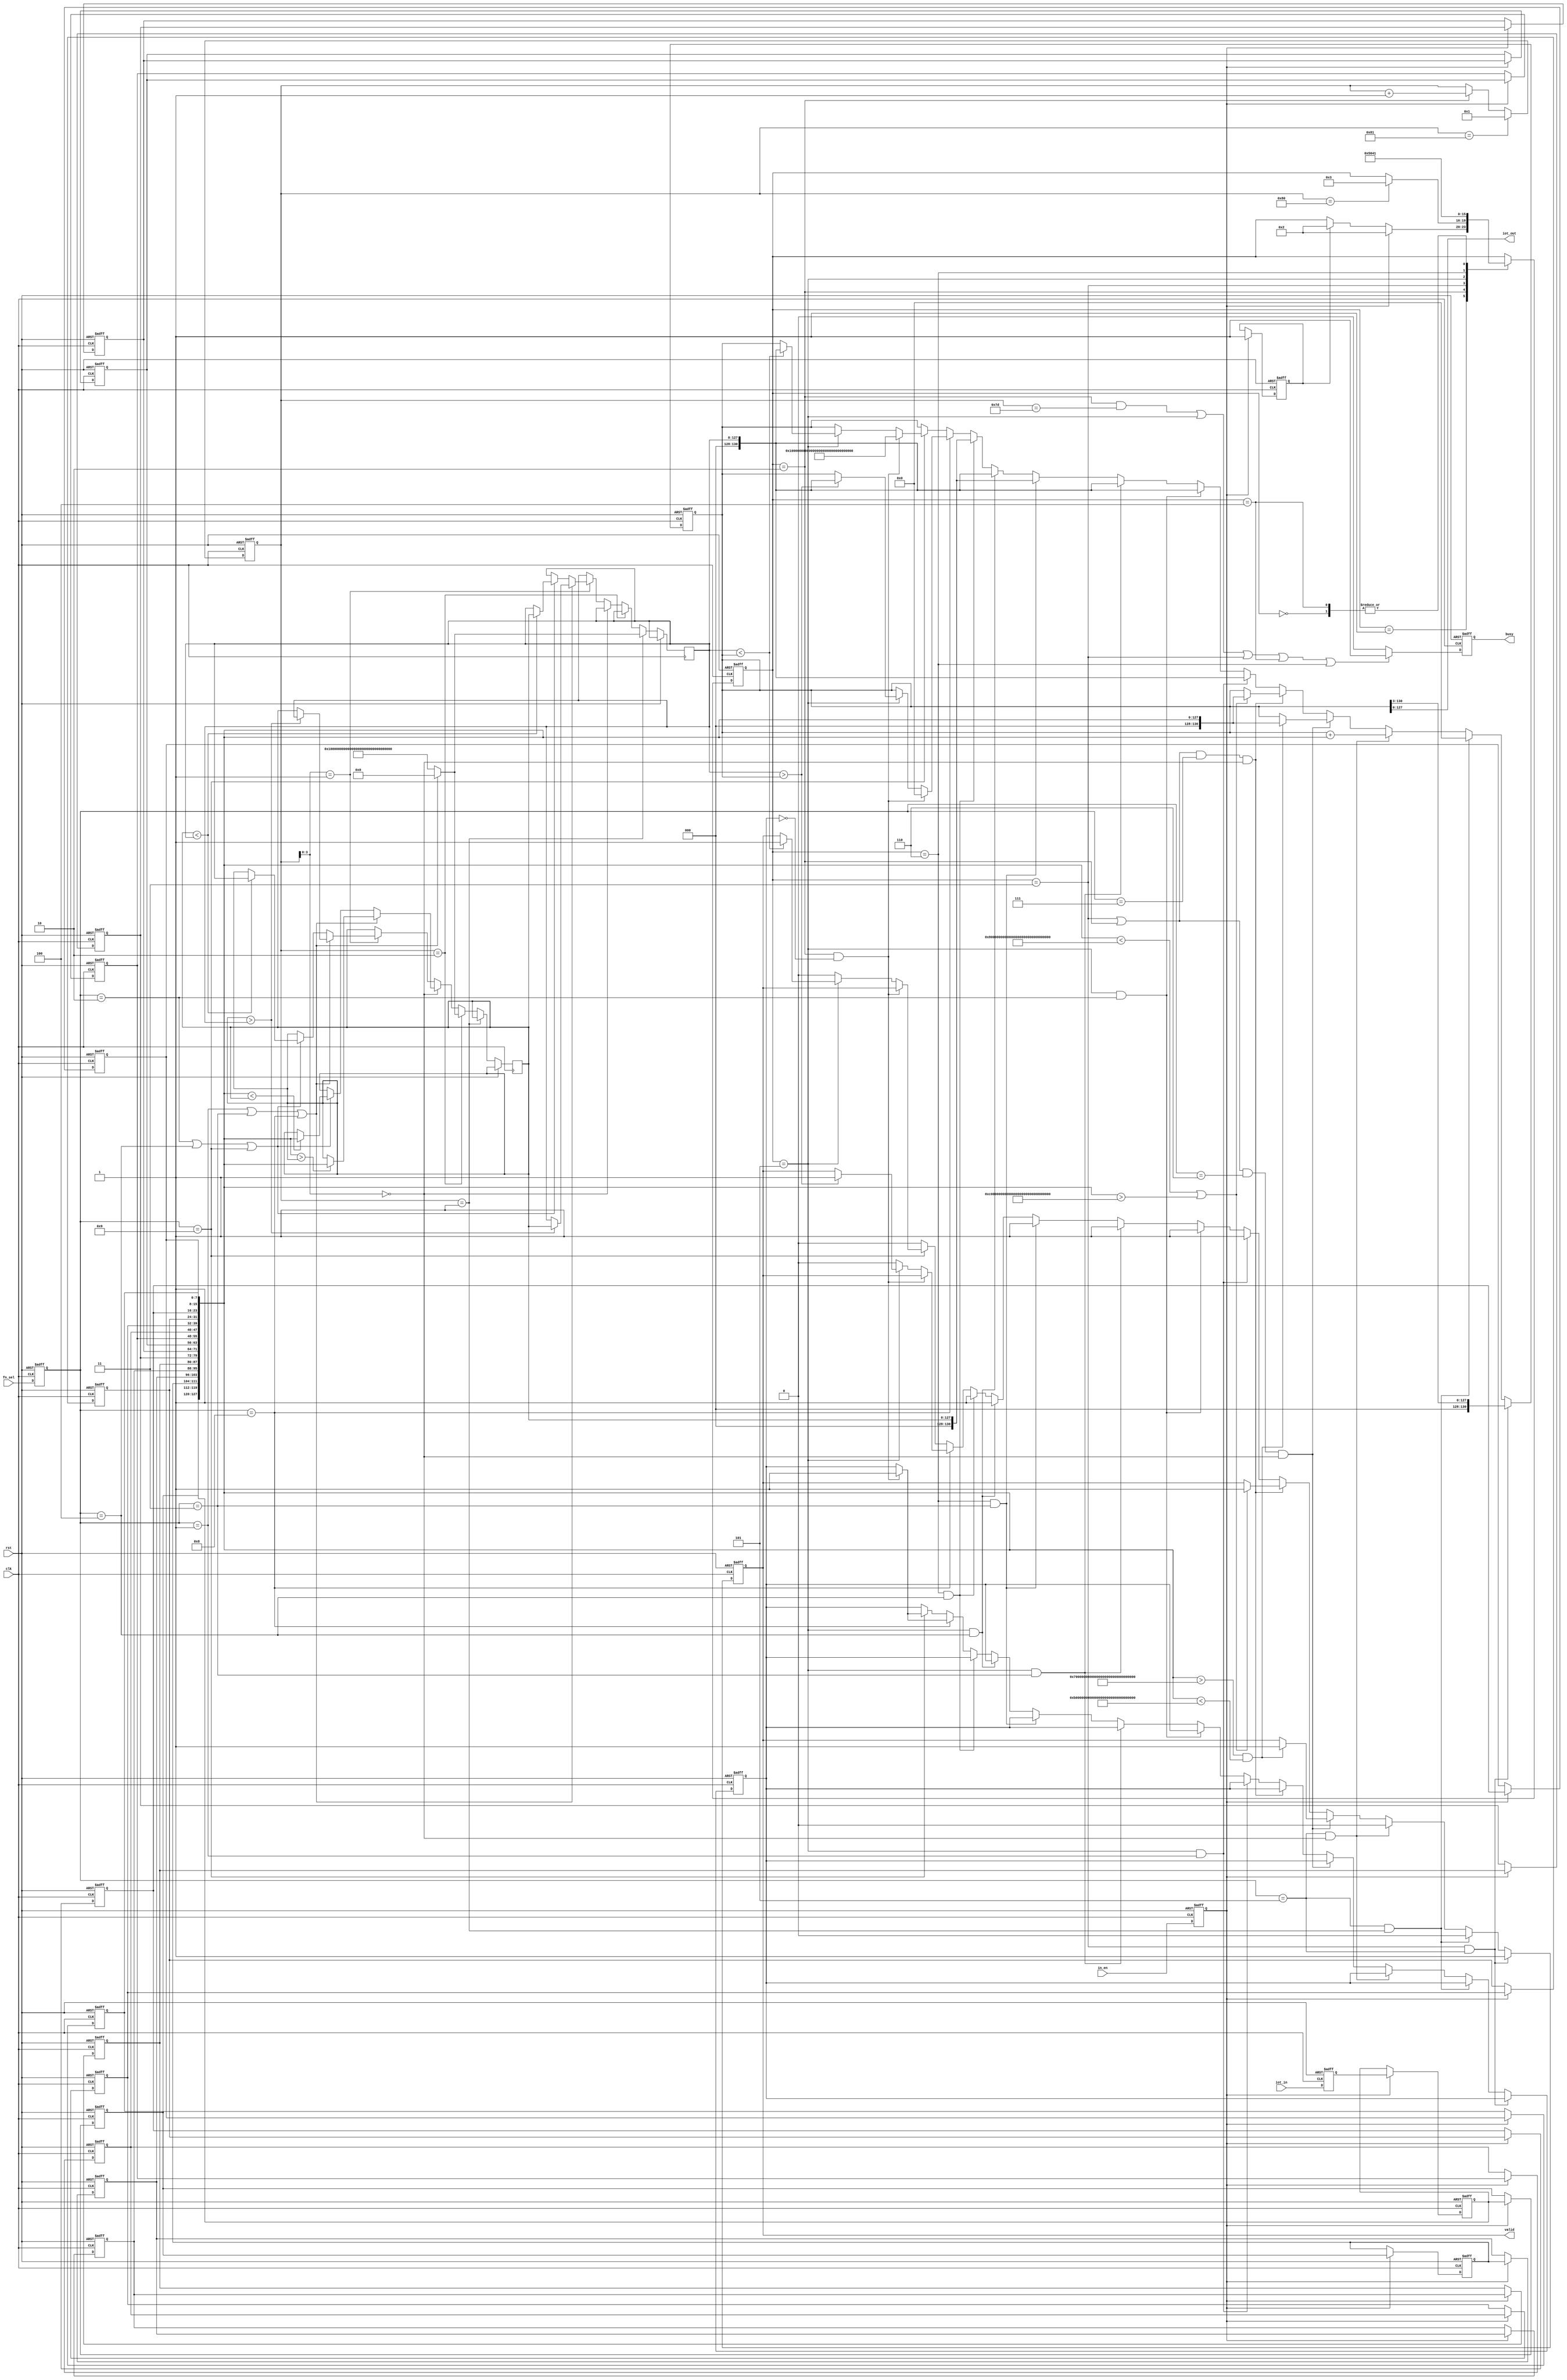
`timescale 1ns/10ps
module IOTDF( clk, rst, in_en, iot_in, fn_sel, busy, valid, iot_out);
input          clk;
input          rst;
input          in_en;
input  [7:0]   iot_in;
input  [3:0]   fn_sel;
output         busy;
output         valid;
output [127:0] iot_out;

//===================== read in =====================//
parameter FN_MAX = 1;
parameter FN_MIN = 2;
parameter FN_MAX_2 = 3;
parameter FN_MIN_2 = 4;
parameter FN_AVG = 5;
parameter FN_EXT = 6;
parameter FN_EXC = 7;
parameter FN_PMAX = 8;
parameter FN_PMIN = 9;

reg [3:0] fn;
reg [7:0] iot_data;
reg in_en_r;

reg [8:0] count;
reg [3:0] indx;
reg [7:0] cycle [15:0];
integer i;

always@(posedge clk or posedge rst) begin // asynchronous
	if(rst) begin
		fn <= 0;
		iot_data <= 0;
		in_en_r <= 0;
	end
	else begin
		fn <= fn_sel;
		iot_data <= iot_in;
		in_en_r	<= in_en;	
	end	
end

//===================== FSM =====================//
parameter S_IDLE = 0;
parameter S_BUF = 1;
parameter S_GET_DATA = 2;
parameter S_EXE = 3;
parameter S_OUT = 4;
parameter S_BUF2 = 5;
parameter S_BUF3 = 6;

reg [3:0] state, state_next;
reg flag1, flag2;
wire[127:0] data_cat = {cycle[00], cycle[01], cycle[02], cycle[03],
			cycle[04], cycle[05], cycle[06], cycle[07],
			cycle[08], cycle[09], cycle[10], cycle[11],
			cycle[12], cycle[13], cycle[14], cycle[15]};

always @(posedge clk or posedge rst) begin
	if (rst) flag2 <= 0;
	else if (in_en_r)
		flag2 <= 1;
end

always@(*) begin
	state_next = state;
	case(state)
		S_IDLE:	state_next = S_BUF;
		S_BUF:	begin
			if(in_en_r)	begin 
				state_next = S_GET_DATA;
			end
			else if(flag2) state_next = S_GET_DATA;
		end
		S_GET_DATA: begin 
			if(count == 128) begin
				state_next = S_EXE;
			end
		end
		S_EXE: state_next = S_BUF2;
		S_BUF2: state_next = S_BUF3;
		S_BUF3: state_next = S_OUT;
		S_OUT: state_next = S_BUF;
	endcase
end

always@(posedge clk or posedge rst) begin
	if(rst)	state <= S_IDLE;
	else	state <= state_next;	
end

always@(posedge clk or posedge rst) begin
	if(rst) begin
        count <= 1;
    end
	else if (count == 129) begin
		count <= 1;
	end
    else if(state==S_GET_DATA) begin
		count <= count+1;
    end
end

always@(posedge clk or posedge rst) begin
    if(rst)	begin		
	    for(i=0; i<16; i=i+1)	
			cycle[i] <= 0;
	end
	else if(in_en_r)	begin
		cycle[0] <= iot_data;	
		for(i=1; i<16; i=i+1)	
			cycle[i] <= cycle[i-1];
	end
end

reg [127:0] max1, max2;
always@(posedge clk or posedge rst) begin
 	if(rst)	begin		

	end
	else if(count == 1) begin
		max1 <= (fn == FN_MAX || fn == FN_MAX_2 || fn == FN_PMAX)? 0:128'hFFFFFFFFFFFFFFFFFFFFFFFFFFFFFFFF;
	end
	else if(count == 2) begin
		max2 <= (fn == FN_MAX || fn == FN_MAX_2 || fn == FN_PMAX)? 0:128'hFFFFFFFFFFFFFFFFFFFFFFFFFFFFFFFF;
	end
	else if(count[3:0] == 0) begin
		if (fn == FN_MAX || fn == FN_MAX_2 || fn == FN_PMAX) begin
			if (data_cat>max2) max2 <= data_cat;
		end
		else if (fn == FN_MIN || fn == FN_MIN_2 || fn == FN_PMIN) begin
			if (data_cat<max2) max2 <= data_cat;
		end
	end
	else if(count[3:0] == 1) begin
		if (fn == FN_MAX || fn == FN_MAX_2 || fn == FN_PMAX) begin
			if (max2>max1) begin
				max2 <= max1;
				max1 <= max2;
			end
		end
		else if (fn == FN_MIN || fn == FN_MIN_2 || fn == FN_PMIN) begin
			if (max2<max1) begin
				max2 <= max1;
				max1 <= max2;
			end
		end
	end
end

reg [130:0] iot_out_r;

parameter upper1 = 128'h AFFF_FFFF_FFFF_FFFF_FFFF_FFFF_FFFF_FFFF;
parameter lower1 = 128'h 6FFF_FFFF_FFFF_FFFF_FFFF_FFFF_FFFF_FFFF;
parameter upper2 = 128'h BFFF_FFFF_FFFF_FFFF_FFFF_FFFF_FFFF_FFFF;
parameter lower2 = 128'h 7FFF_FFFF_FFFF_FFFF_FFFF_FFFF_FFFF_FFFF;

reg valid_r;
reg busy_r;
assign valid = valid_r;
assign iot_out = iot_out_r;
assign busy = busy_r;
reg flag3;

always@(posedge clk or posedge rst) begin
	if(rst) begin
		valid_r <= 0;
		iot_out_r <= 0;
		flag3 <= 0;
	end
	else if (state == S_EXE && fn == FN_AVG) begin
		iot_out_r <= iot_out_r>>3;
		valid_r <= 1;
	end
	else if((fn == FN_AVG) && count == 1) begin
		iot_out_r <= 0;
		valid_r <= 0;
	end
	else if((fn == FN_AVG) && count[3:0] == 0) begin
		iot_out_r <= iot_out_r+data_cat;
		valid_r <= 0;
	end
	else if ((state == S_EXE || state == S_GET_DATA) && fn == FN_EXT && count[3:0] == 0) begin
		if ((data_cat>lower1) && (data_cat<upper1)) begin
			iot_out_r <= data_cat;
			valid_r <= 1;
		end
	end
	else if ((state == S_EXE || state == S_GET_DATA) && fn == FN_EXC && count[3:0] == 0) begin
		if ((data_cat<lower2) || (data_cat>upper2)) begin
			iot_out_r <= data_cat;
			valid_r <= 1;
		end
	end
	else if (state == S_BUF2 && fn == FN_MAX) begin
		iot_out_r <= max1;
		valid_r <= 1;
	end
	else if (state == S_BUF2 && fn == FN_MIN) begin
		iot_out_r <= max1;
		valid_r <= 1;
	end
	else if (state == S_BUF2 && fn == FN_MAX_2) begin
		iot_out_r <= max1;
		valid_r <= 1;
	end
	else if (state == S_BUF3 && fn == FN_MAX_2) begin
		iot_out_r <= max2;
		valid_r <= 1;
	end
	else if (state == S_BUF2 && fn == FN_MIN_2) begin
		iot_out_r <= max1;
		valid_r <= 1;
	end
	else if (state == S_BUF3 && fn == FN_MIN_2) begin
		iot_out_r <= max2;
		valid_r <= 1;
	end
	else if(fn == FN_PMAX) begin
		if (state == S_GET_DATA && !flag3) begin
			iot_out_r <= 128'h0;
			flag3 <= 1;
		end
		else if (state == S_BUF2) begin
			if(max1>iot_out_r) begin
				iot_out_r <= max1;
				valid_r <= 1;
			end
		end 
		else valid_r <= 0;
	end
	else if(fn == FN_PMIN) begin
		if (state == S_GET_DATA && !flag3) begin
			iot_out_r <= 128'hFFFFFFFFFFFFFFFFFFFFFFFFFFFFFFFF;
			flag3 <= 1;
		end
		else if (state == S_BUF2) begin
			if(max1<iot_out_r) begin
				iot_out_r <= max1;
				valid_r <= 1;
			end
		end 
		else valid_r <= 0;
	end	
	else begin
		valid_r <= 0;
	end
end

always @(posedge clk or posedge rst) begin
	if(rst) begin
		busy_r <= 1;
	end 
	else begin
		if ((state == S_GET_DATA && count == 125) || state == S_BUF2 || state == S_EXE ||state == S_OUT || state == S_BUF3)
			busy_r <= 1;
		else 
			busy_r <= 0;
	end
end

endmodule